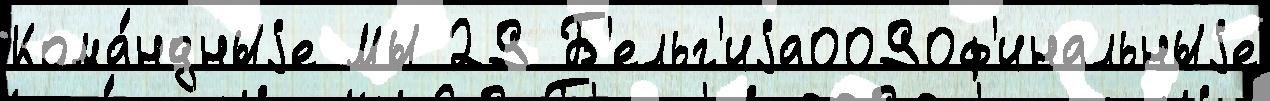
Кома́ндныjе Мы 29 Б'ельг'иjа0090ф'инальныjе